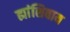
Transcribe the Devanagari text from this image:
ह्यांशिवाय